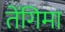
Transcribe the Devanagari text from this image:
तेंगिमा